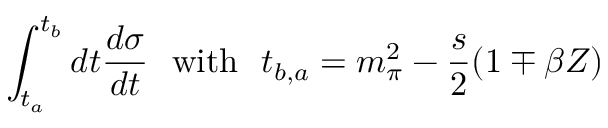
\int _ { t _ { a } } ^ { t _ { b } } d t \frac { d \sigma } { d t } \ \ \mathrm { w i t h } \ \ t _ { b , a } = m _ { \pi } ^ { 2 } - \frac { s } { 2 } ( 1 \mp \beta Z )